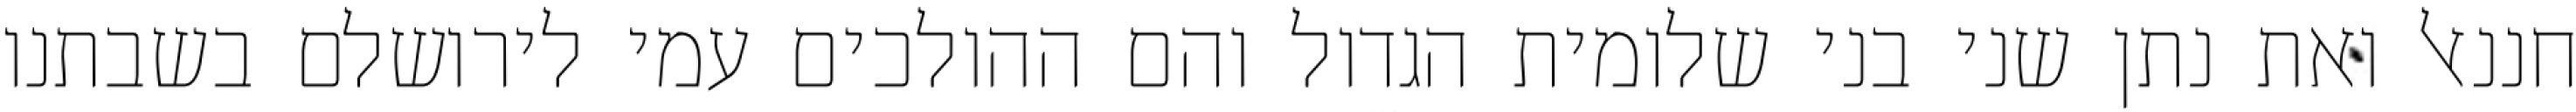
חננאל ואת נתן שני בני שלומית הגדול והם ההולכים עמי לירושלם בשבתנו